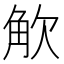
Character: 𮗦